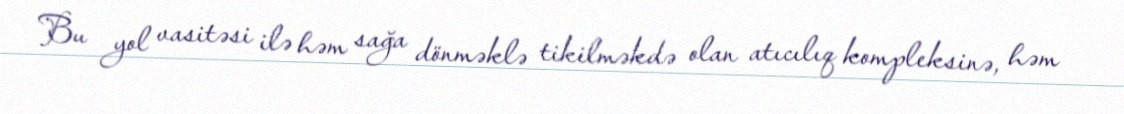
Bu yol vasitəsi ilə həm sağa dönməklə tikilməkdə olan atıcılıq kompleksinə, həm